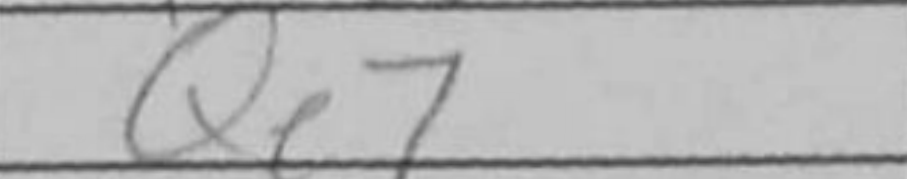
Transcription: Qe7